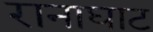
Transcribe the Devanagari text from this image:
रानाघाट